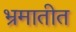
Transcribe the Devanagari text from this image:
भ्रमातीत